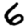
Digit: 6